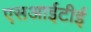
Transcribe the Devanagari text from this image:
एसआईटीई